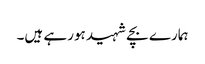
ہمارے بچے شہید ہورہے ہیں۔